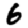
Digit: 6